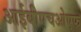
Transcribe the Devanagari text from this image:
आईबीएचओएफ